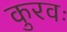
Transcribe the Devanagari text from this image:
कुरवः